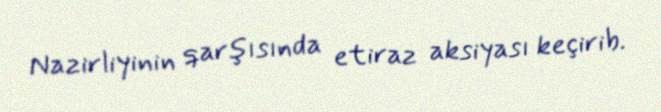
Nazirliyinin qarşısında etiraz aksiyası keçirib.